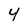
Character: 4